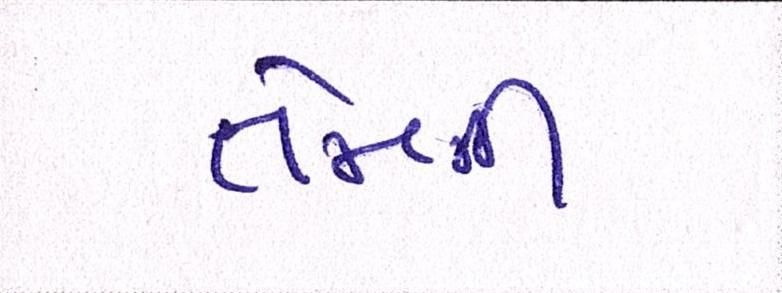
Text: તેમની